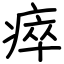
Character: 瘁